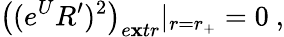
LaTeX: \left((e^{U}R^{\prime})^{2}\right)_{e\mathbf{x}tr}|_{r=r_{+}}=0\ ,